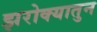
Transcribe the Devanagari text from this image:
झरोक्यातुन